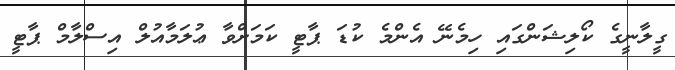
ގީލާނީގެ ކޯލިޝަންގައި ހިމެނޭ އެންމެ ކުޑަ ޕާޓީ ކަމަށްވާ ޢުލަމާއުލް އިސްލާމް ޕާޓީ